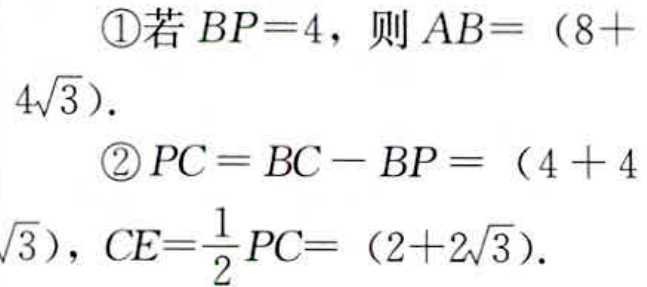
\textcircled{1}若 \(BP = 4\)，则 \(AB=(8 + 4\sqrt{3})\).
\textcircled{2}\(PC = BC - BP=(4 + 4\sqrt{3})\)，\(CE=\frac{1}{2}PC=(2 + 2\sqrt{3})\).